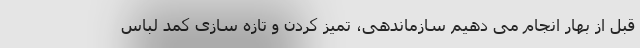
قبل از بهار انجام می دهیم سازماندهی، تمیز کردن و تازه سازی کمد لباس